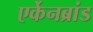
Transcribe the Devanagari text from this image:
एर्केनब्रांड